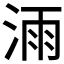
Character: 𣷌